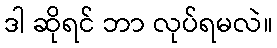
ဒါ ဆိုရင် ဘာ လုပ်ရမလဲ။